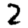
Digit: 2